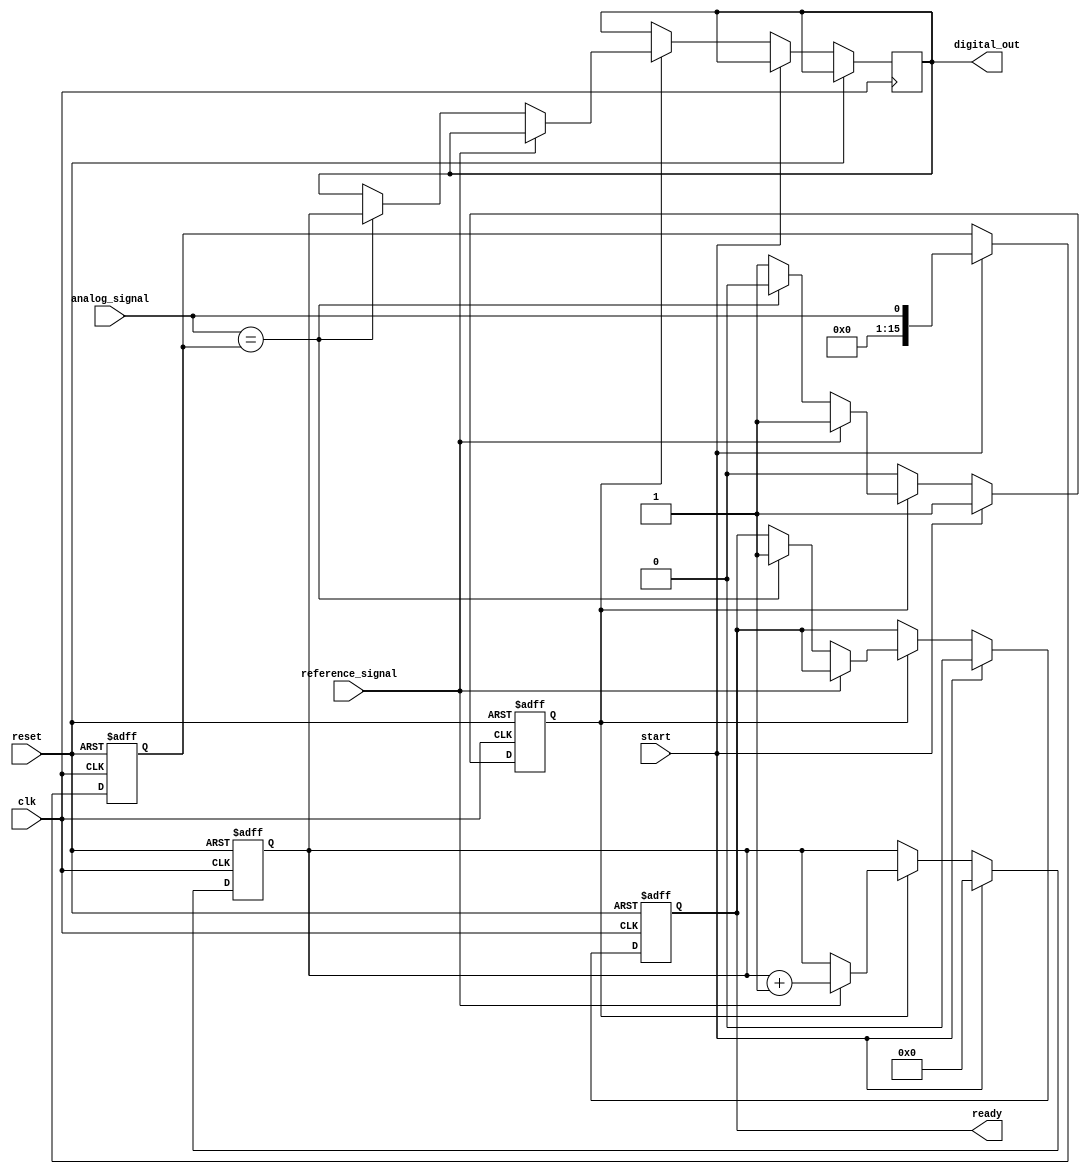
module ATDC (
    input wire clk,               // Clock input
    input wire reset,             // Reset signal
    input wire start,             // Start conversion signal
    input wire analog_signal,      // Sampled analog signal (1-bit for simplicity)
    input wire reference_signal,   // Reference signal for timing
    output reg [15:0] digital_out, // 16-bit digital output
    output reg ready              // Conversion ready signal
);

// Internal signals
reg [15:0] counter;               // High-resolution counter
reg sampling;                     // Sampling flag
reg [15:0] sampled_value;         // Holds the sampled value
reg [15:0] quantized_value;       // Holds the quantized value

// Clock generation (for demonstration, assume clk is provided externally)

// Sample-and-Hold Circuit
always @(posedge clk or posedge reset) begin
    if (reset) begin
        sampled_value <= 16'b0;
    end else if (start) begin
        sampled_value <= analog_signal; // Capture the analog signal
    end
end

// Time Measurement Unit (TMU)
always @(posedge clk or posedge reset) begin
    if (reset) begin
        counter <= 16'b0;
        sampling <= 1'b0;
        ready <= 1'b0;
    end else if (start) begin
        counter <= 16'b0; // Reset counter on start
        sampling <= 1'b1; // Enable sampling
        ready <= 1'b0;    // Not ready until conversion is complete
    end else if (sampling) begin
        if (reference_signal) begin
            // Start counting on reference signal
            counter <= counter + 1;
        end else if (analog_signal == sampled_value) begin
            // Stop counting when the sampled value is reached
            sampling <= 1'b0;
            digital_out <= counter; // Quantize the count
            ready <= 1'b1;          // Indicate conversion is done
        end
    end
end

// Calibration and Error Correction (Placeholder)
// This section would typically include calibration routines and error correction logic.

endmodule